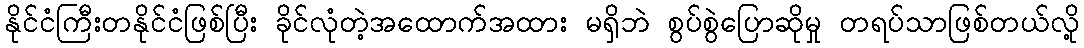
နိုင်ငံကြီးတနိုင်ငံဖြစ်ပြီး ခိုင်လုံတဲ့အထောက်အထား မရှိဘဲ စွပ်စွဲပြောဆိုမှု တရပ်သာဖြစ်တယ်လို့